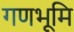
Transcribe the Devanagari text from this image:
गणभूमि